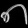
Digit: ၈